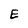
Character: E